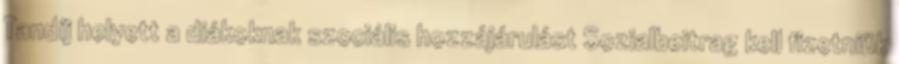
Tandíj helyett a diákoknak szociális hozzájárulást Sozialbeitrag kell fizetniük